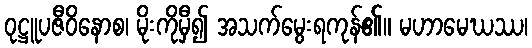
ဝုဋ္ဌူပဇီဝိနောစ၊ မိုးကိုမှီ၍ အသက်မွေးရကုန်၏။ မဟာမေဃဿ၊